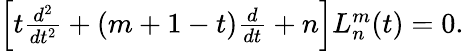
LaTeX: \begin{array}{r}{\left[t\frac{d^{2}}{dt^{2}}+(m+1-t)\frac{d}{dt}+n\right]L_{n}^{m}(t)=0.}\end{array}